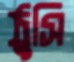
ঠুসি